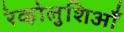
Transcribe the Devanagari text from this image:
रेव्होलुशिआँ